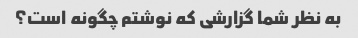
به نظر شما گزارشی که نوشتم چگونه است؟